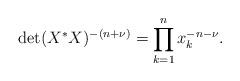
LaTeX: \begin{align*}\det (X^* X)^{-(n+\nu)} = \prod_{k=1}^n x_k^{-n-\nu}.\end{align*}